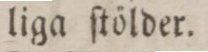
liga ſtölder.